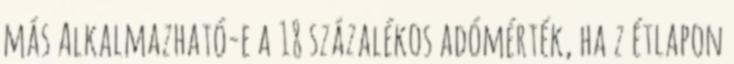
más Alkalmazható-e a 18 százalékos adómérték, ha z étlapon